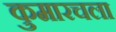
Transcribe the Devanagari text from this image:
कुमारचला